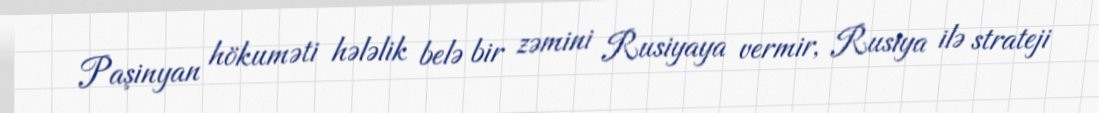
Paşinyan hökuməti hələlik belə bir zəmini Rusiyaya vermir, Rusiya ilə strateji